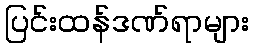
ပြင်းထန်ဒဏ်ရာများ